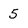
Character: 5